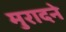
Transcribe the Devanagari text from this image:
मुरादने